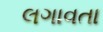
લગાવતા